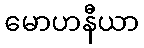
မောဟနီယာ